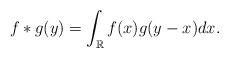
LaTeX: \begin{align*} f*g(y) = \int_\mathbb{R}f(x)g(y-x)dx.\end{align*}